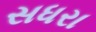
સધરા